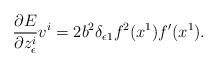
LaTeX: \begin{align*}\frac{\partial E}{\partial z^i_{\epsilon}}v^i= 2b^2\delta_{\epsilon 1}f^2(x^1)f'(x^1).\end{align*}